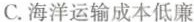
C.海洋运输成本低廉